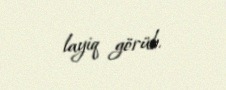
layiq görüb.